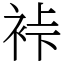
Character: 裃